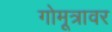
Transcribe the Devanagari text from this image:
गोमूत्रावर